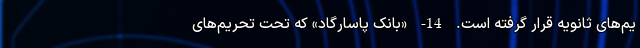
یم‌های ثانویه قرار گرفته است. 14- «بانک پاسارگاد» که تحت تحریم‌های